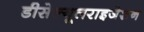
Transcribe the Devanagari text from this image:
डीसेल्यूलराइजेशन